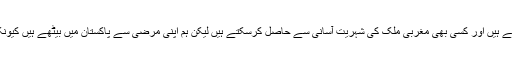
ہم آج بھی پاکستان چھوڑے سکتے ہیں اور کسی بھی مغربی ملک کی شہریت آسانی سے حاصل کرسکتے ہیں لیکن ہم اپنی مرضی سے پاکستان میں بیٹھے ہیں کیونکہ ہمیں پاکستان سے محبت ہے۔